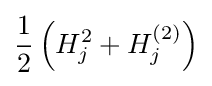
{\frac {1}{2}}\left(H_{j}^{2}+H_{j}^{(2)}\right)